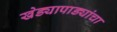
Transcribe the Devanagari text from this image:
खेड्यापाड्यांचा